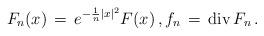
LaTeX: \begin{align*}F_{n} (x) \, = \, e^{-\frac{1}{n} |x|^2} F(x)\,, f_n \,=\, {\rm div} \, F_n \,.\end{align*}